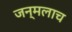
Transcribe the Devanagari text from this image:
जन्मलाच